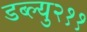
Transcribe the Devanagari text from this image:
डब्ल्यु२११